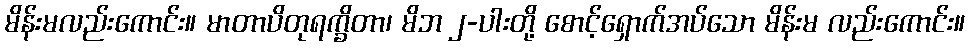
မိန်းမလည်းကောင်း။ မာတာပိတုရက္ခိတာ၊ မိဘ ၂-ပါးတို့ စောင့်ရှောက်အပ်သော မိန်းမ လည်းကောင်း။